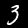
Digit: 3